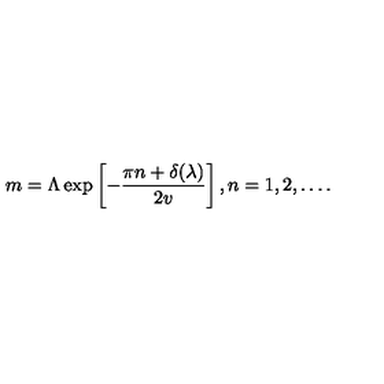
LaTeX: m = \Lambda \exp \left[ - \frac { \pi n + \delta ( \lambda ) } { 2 v } \right] , n = 1 , 2 , \ldots .